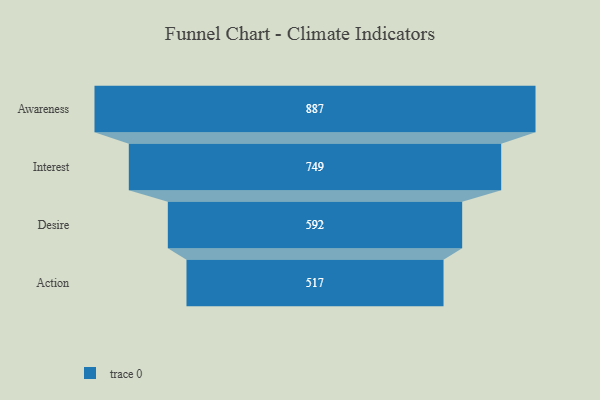
{"axis": {"x": "Stage", "y": "Value"}, "legend": [""], "data": [{"x": "Awareness", "y": 887.0, "type": ""}, {"x": "Interest", "y": 749.0, "type": ""}, {"x": "Desire", "y": 592.0, "type": ""}, {"x": "Action", "y": 517.0, "type": ""}]}